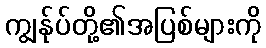
ကျွန်ုပ်တို့၏အပြစ်များကို